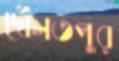
দৌলতপুর